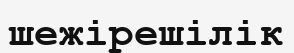
шежірешілік